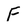
Character: F